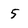
Character: 5